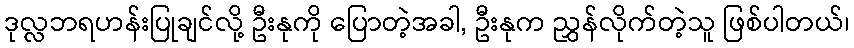
ဒုလ္လဘရဟန်းပြုချင်လို့ ဦးနုကို ပြောတဲ့အခါ, ဦးနုက ညွှန်လိုက်တဲ့သူ ဖြစ်ပါတယ်၊